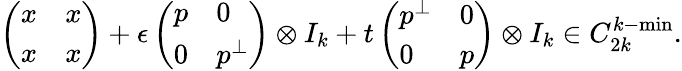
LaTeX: \left(\begin{array}{ll}{x}&{x}\\ {x}&{x}\end{array}\right)+\epsilon\left(\begin{array}{ll}{p}&{0}\\ {0}&{p^{\perp}}\end{array}\right)\otimes I_{k}+t\left(\begin{array}{ll}{p^{\perp}}&{0}\\ {0}&{p}\end{array}\right)\otimes I_{k}\in C_{2k}^{k-\mathrm{min}}.